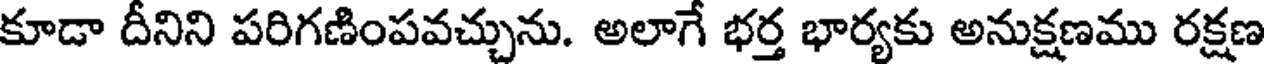
కూడా దీనిని పరిగణింపవచ్చును. అలాగే భర్త భార్యకు అనుక్షణము రక్షణ